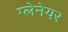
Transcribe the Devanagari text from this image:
ग्लेनेयर